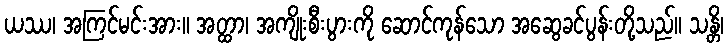
ယဿ၊ အကြင်မင်းအား။ အတ္ထာ၊ အကျိုးစီးပွားကို ဆောင်ကုန်သော အဆွေခင်ပွန်းတို့သည်။ သန္တိ၊